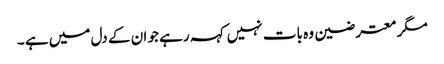
مگر معترضین وہ بات نہیں کہہ رہے جو ان کے دل میں ہے ۔